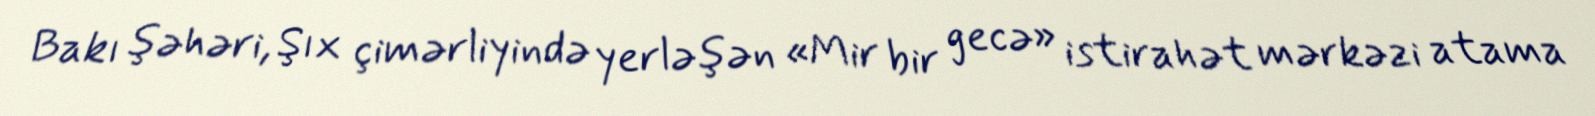
Bakı şəhəri, Şıx çimərliyində yerləşən «Mir bir gecə» istirahət mərkəzi atama